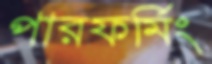
পারফর্মিং